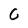
Character: G